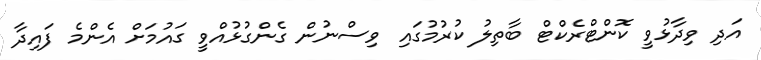
އަދި ވިދާޅުވީ ކޮންޓްރެކްޓް ބާތިލު ކުރުމުގައި ވިސްނުން ގެންގުޅުއްވީ ގައުމަށް އެންމެ ފައިދާ